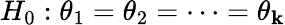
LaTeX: H_{0}:\theta_{1}=\theta_{2}=\cdots=\theta_{\mathbf{k}}